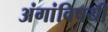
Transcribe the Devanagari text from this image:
अंगांविषयी